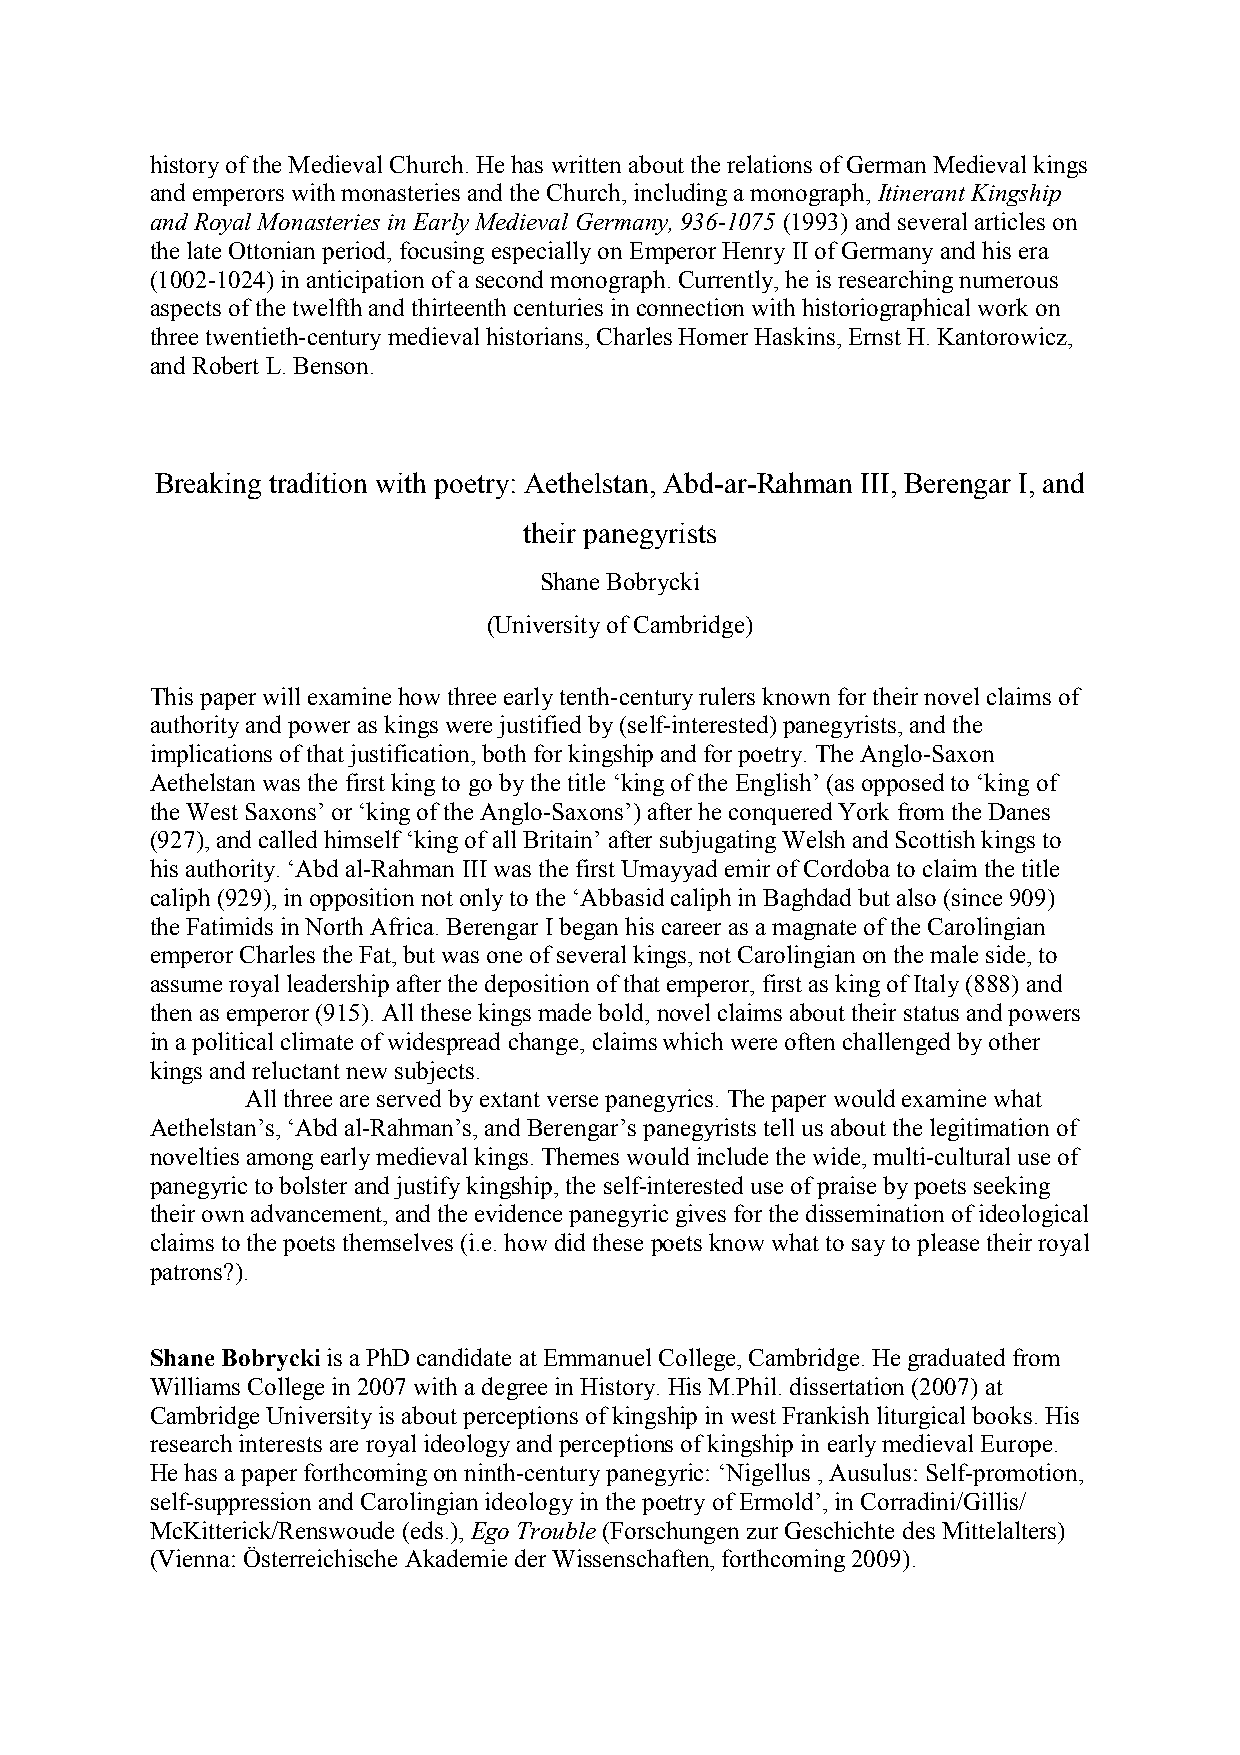
history of the Medieval Church. He has written about the relations of German Medieval kings
 and emperors with monasteries and the Church, including a monograph, Itinerant Kingship
 and Royal Monasteries in Early Medieval Germany, 936-1075 (1993) and several articles on
 the late Ottonian period, focusing especially on Emperor Henry II of Germany and his era
 (1002-1024) in anticipation of a second monograph. Currently, he is researching numerous
 aspects of the twelfth and thirteenth centuries in connection with historiographical work on
 three twentieth-century medieval historians, Charles Homer Haskins, Ernst H. Kantorowicz,
 and Robert L. Benson.
 Breaking tradition with poetry: Aethelstan, Abd-ar-Rahman III, Berengar I, and
 their panegyrists
 Shane Bobrycki
 (University of Cambridge)
 This paper will examine how three early tenth-century rulers known for their novel claims of
 authority and power as kings were justified by (self-interested) panegyrists, and the
 implications of that justification, both for kingship and for poetry. The Anglo-Saxon
 Aethelstan was the first king to go by the title ‘king of the English’ (as opposed to ‘king of
 the West Saxons’ or ‘king of the Anglo-Saxons’) after he conquered York from the Danes
 (927), and called himself ‘king of all Britain’ after subjugating Welsh and Scottish kings to
 his authority. ‘Abd al-Rahman III was the first Umayyad emir of Cordoba to claim the title
 caliph (929), in opposition not only to the ‘Abbasid caliph in Baghdad but also (since 909)
 the Fatimids in North Africa. Berengar I began his career as a magnate of the Carolingian
 emperor Charles the Fat, but was one of several kings, not Carolingian on the male side, to
 assume royal leadership after the deposition of that emperor, first as king of Italy (888) and
 then as emperor (915). All these kings made bold, novel claims about their status and powers
 in a political climate of widespread change, claims which were often challenged by other
 kings and reluctant new subjects.
 All three are served by extant verse panegyrics. The paper would examine what
 Aethelstan’s, ‘Abd al-Rahman’s, and Berengar’s panegyrists tell us about the legitimation of
 novelties among early medieval kings. Themes would include the wide, multi-cultural use of
 panegyric to bolster and justify kingship, the self-interested use of praise by poets seeking
 their own advancement, and the evidence panegyric gives for the dissemination of ideological
 claims to the poets themselves (i.e. how did these poets know what to say to please their royal
 patrons?).
 Shane Bobrycki is a PhD candidate at Emmanuel College, Cambridge. He graduated from
 Williams College in 2007 with a degree in History. His M.Phil. dissertation (2007) at
 Cambridge University is about perceptions of kingship in west Frankish liturgical books. His
 research interests are royal ideology and perceptions of kingship in early medieval Europe.
 He has a paper forthcoming on ninth-century panegyric: ‘Nigellus , Ausulus: Self-promotion,
 self-suppression and Carolingian ideology in the poetry of Ermold’, in Corradini/Gillis/
 McKitterick/Renswoude (eds.), Ego Trouble (Forschungen zur Geschichte des Mittelalters)
 (Vienna: Österreichische Akademie der Wissenschaften, forthcoming 2009).